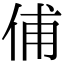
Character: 俌